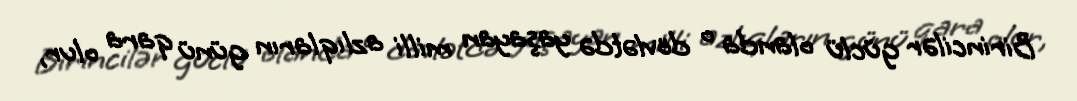
Birincilər güclü olanda o dövlətdə yaşayan milli azlıqların günü qara olur,